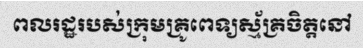
ពលរដ្ឋរបស់ក្រុមគ្រូពេទ្យស្ម័គ្រចិត្តនៅ